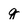
Character: g